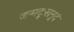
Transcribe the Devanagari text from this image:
जन्मदुःखनुदं